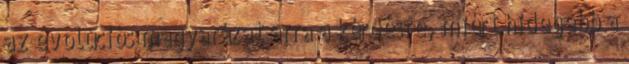
az evolúciós magyarázat arra a kérdésre, miért hidegebb a